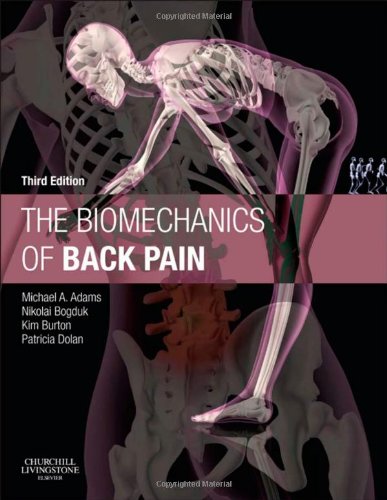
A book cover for The Biomechanics of Back Pain, 3e; Michael A. Adams BSc PhD; Medical Books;